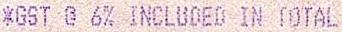
*GST @ 6% INCLUDED IN TOTAL